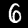
Label: 6